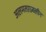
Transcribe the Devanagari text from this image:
अलमतग़ज़लीन